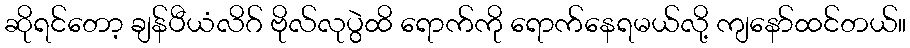
ဆိုရင်တော့ ချန်ပီယံလိဂ် ဗိုလ်လုပွဲထိ ရောက်ကို ရောက်နေရမယ်လို့ ကျနော်ထင်တယ်။